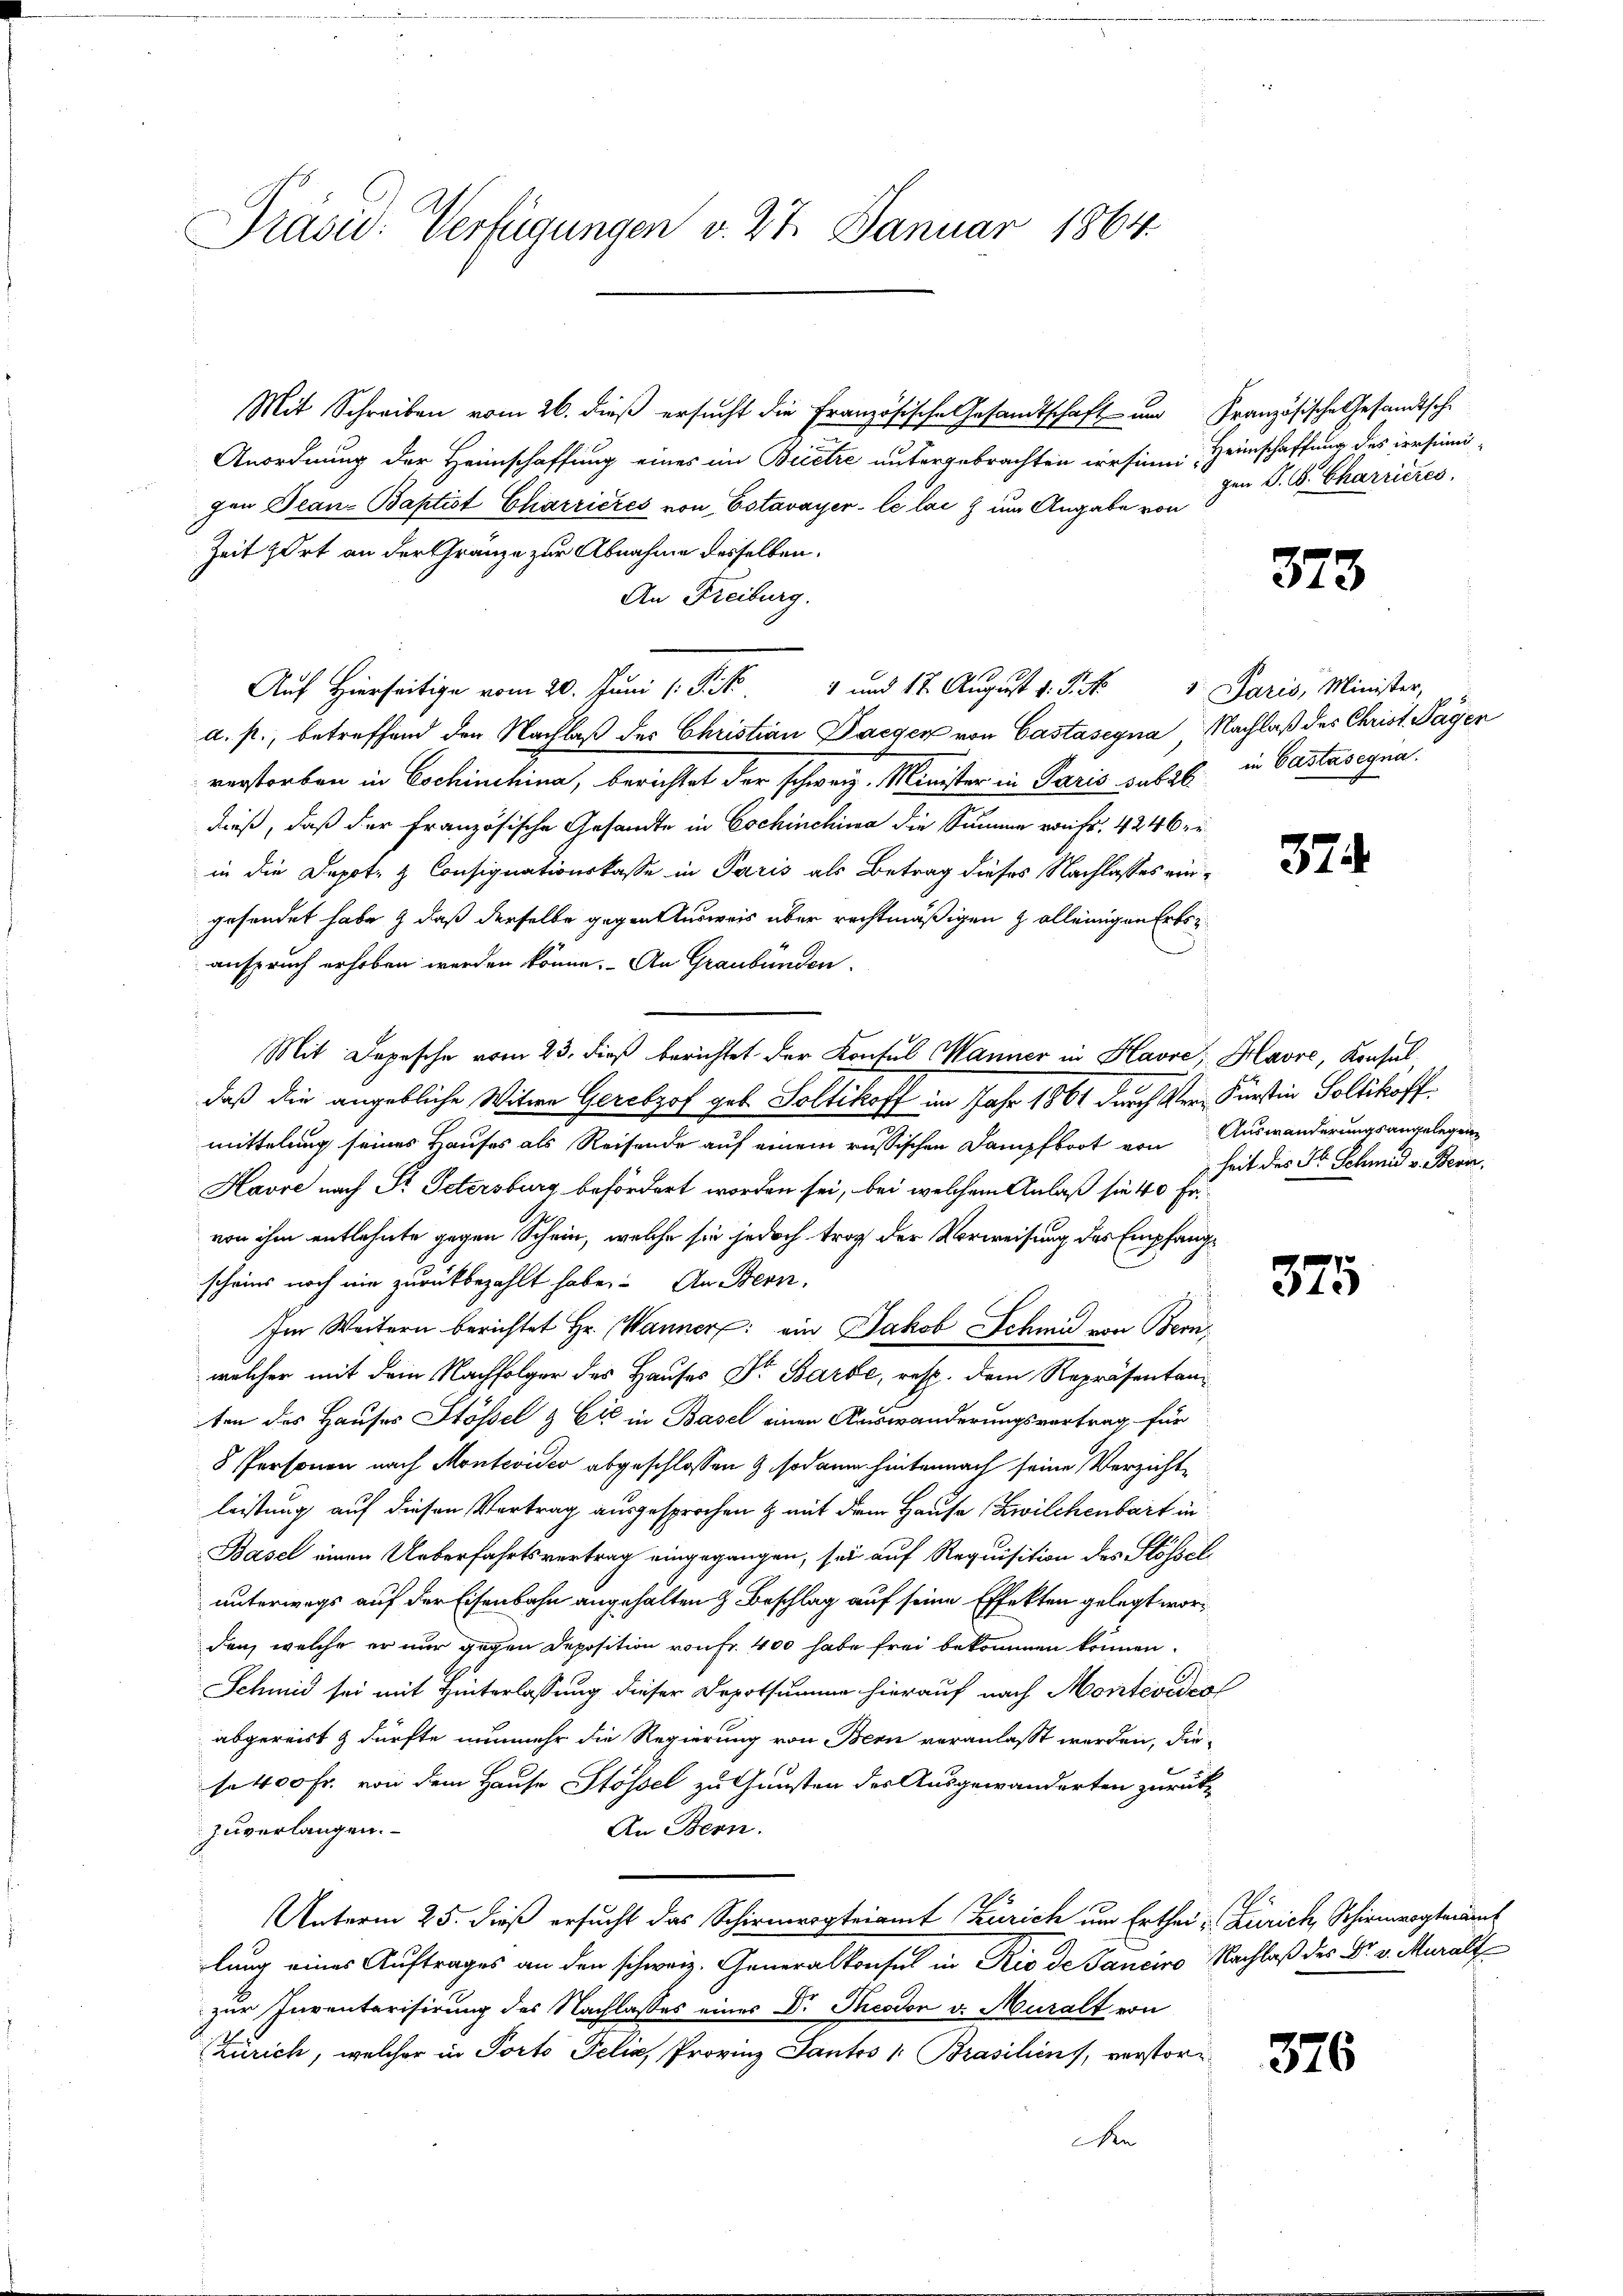
Drasu: Verfügungen v. 27. Januar 1864.

Auf Hierseitig vom 20. Juni /: P. R. 4 und 17. August v. J. M. Paris, Minister,

Mit Schreiben vom 26. dieß ersucht die Französische Gesandtschaft um Französische Gesandtsche
Anordnung der Heimschaffung eines im Beitre untergebrachten irrsinn Heimschaffung des dersenigen Jean Baptist Chiarrieres von Estavayer-lélai um Angabe von
Zeit fort an der Gränze zur Abnahme desselben.
An Freiburg.
a. p., betreffend den Nachlaß des Christian Payer von Castasegna Nachlaß des Christ. Sagen
verstorben in Eschinihina, berichtet der schweiz. Minister in Paris subst in Bastasegna
dieß, daß der Französische Gesandte in Eschinchiwa die Summe reift. 4246 zu
in die Depot- & Consignationskasse in Paris als Betrag dieses Nachlasses eingesendet habe & daß derselbe gegen Ausweis über rechtmäßigen & alleinigen Erbsanspruch erhoben werden könne. An Graubünden.
Mit Depesche vom 23. dieß berichtet der Kontul Manner in Havre, Havre, Konsul
daß die angebliche Witwe Gerebzof geb. Soltikoff im Jahr 1861 durch Ver- Fürstin Sollikoff.
mittelung seines Hauses als Reisende auf einem russischen Dampfboot von Auswanderungsangelegeng
Havre nach St. Petersburg befördert worden sei, bei welchem Anlaß sie 40 Fr.
von ihm entlehnte gegen Schein, welche sie jedoch trag der Vorweisung des Empfangscheins noch ein zurückbezahlt habe. An Bern,
Im Weitern berichtet Hr. Wanner: ein Jakob Schmid von Bern,
welcher mit dem Nachfolger des Hauses Dr Barbe, resp. dem Repräsentan-
ten des Hauses Stössel & Cie in Basel einen Auswanderungsvortrag für
8 Personen nach Montevideo abgeschlossen & sodann hinternach seine Verzichtleistung auf diesen Vortrag ausgesprochen & mit dem Hause, Zwilchenbart in
Basel einen Ueberfahrtsvertrag eingegangen, sei auf Requisition des Flössel
unterwegs auf der Eisenbahn angehalten & Beschlag auf seine Effekten gelegt worden, welche er nur gegen Deposition von Fr. 400 habe frei bekommen können.
Schmid sei mit Hinterlassung dieser Depotsumme hierauf nach Montevideol
abgereist & dürfte nunmehr die Regierung von Bern veranlasst werden, dieso 400 Fr. von dem Hause Stössel zu Gunsten des Ausgewanderten zurückzuverlangen.
An Bern.
Unterm 25. dieß ersucht das Schirmergteiamt Zürich um Erthei- Zürich, Schirmvogteiamt
lung eines Auftrages an den schweiz. Generalkonsul in Rio de Tanciro Nachlaß des Dr. v. Muralt
zur Inventarisirung des Nachlasses eines Dr. Theodon v. Muralt von
Zürich, welcher in Porto Felix Provinz Santos 1. Brasiliens, verstor
Re

gen P. C. Charrieres

373

874

heit des Hl. Schmid v. Bern,

375